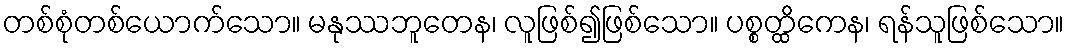
တစ်စုံတစ်ယောက်သော။ မနုဿဘူတေန၊ လူဖြစ်၍ဖြစ်သော။ ပစ္စတ္ထိကေန၊ ရန်သူဖြစ်သော။